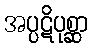
အပ္ပဋိပုစ္ဆာ